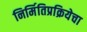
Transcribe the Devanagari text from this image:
निर्मितिप्रक्रियेचा